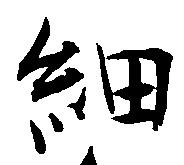
細